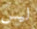
ليس